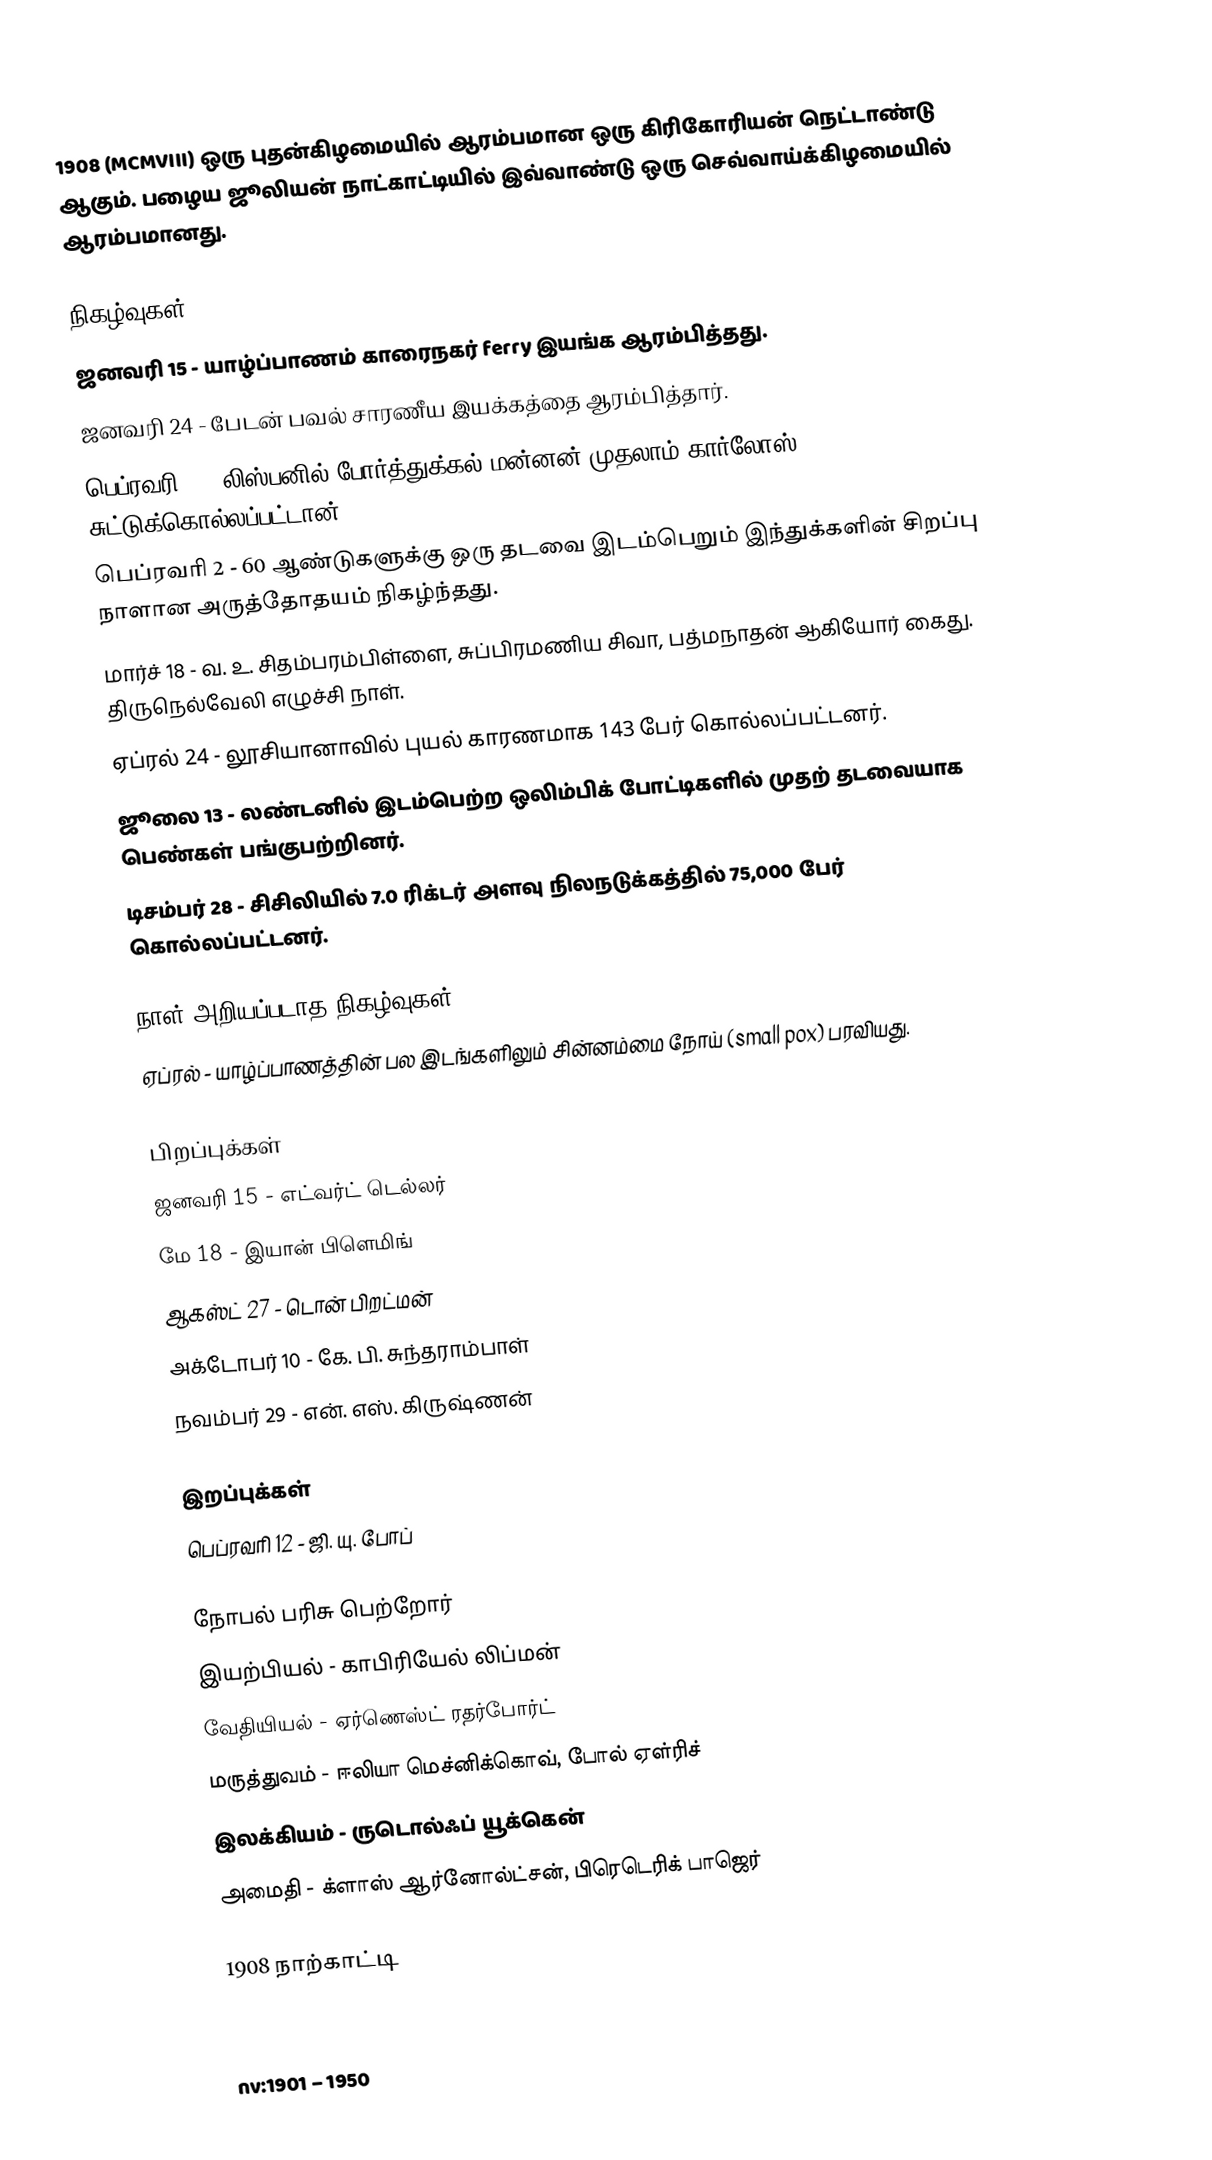
1908  (MCMVIII) ஒரு புதன்கிழமையில் ஆரம்பமான ஒரு கிரிகோரியன் நெட்டாண்டு ஆகும். பழைய ஜூலியன் நாட்காட்டியில் இவ்வாண்டு ஒரு செவ்வாய்க்கிழமையில் ஆரம்பமானது.

நிகழ்வுகள்
 ஜனவரி 15 - யாழ்ப்பாணம் காரைநகர் ferry இயங்க ஆரம்பித்தது.
 ஜனவரி 24 - பேடன் பவல் சாரணீய இயக்கத்தை ஆரம்பித்தார்.
 பெப்ரவரி 1 - லிஸ்பனில் போர்த்துக்கல் மன்னன் முதலாம் கார்லோஸ் சுட்டுக்கொல்லப்பட்டான்.
 பெப்ரவரி 2 - 60 ஆண்டுகளுக்கு ஒரு தடவை இடம்பெறும் இந்துக்களின் சிறப்பு நாளான அருத்தோதயம் நிகழ்ந்தது.
 மார்ச் 18 - வ. உ. சிதம்பரம்பிள்ளை, சுப்பிரமணிய சிவா, பத்மநாதன் ஆகியோர் கைது. திருநெல்வேலி எழுச்சி நாள்.
 ஏப்ரல் 24 - லூசியானாவில் புயல் காரணமாக 143 பேர் கொல்லப்பட்டனர்.
 ஜூலை 13 - லண்டனில் இடம்பெற்ற ஒலிம்பிக் போட்டிகளில் முதற் தடவையாக பெண்கள் பங்குபற்றினர்.
 டிசம்பர் 28 - சிசிலியில் 7.0 ரிக்டர் அளவு நிலநடுக்கத்தில் 75,000 பேர் கொல்லப்பட்டனர்.

நாள் அறியப்படாத நிகழ்வுகள்
 ஏப்ரல் - யாழ்ப்பாணத்தின் பல இடங்களிலும் சின்னம்மை நோய் (small pox) பரவியது.

பிறப்புக்கள்
 ஜனவரி 15 - எட்வர்ட் டெல்லர்
 மே 18 - இயான் பிளெமிங்
 ஆகஸ்ட் 27 - டொன் பிறட்மன்
 அக்டோபர் 10 - கே. பி. சுந்தராம்பாள்
 நவம்பர் 29 - என். எஸ். கிருஷ்ணன்

இறப்புக்கள்
 பெப்ரவரி 12 - ஜி. யு. போப்

நோபல் பரிசு பெற்றோர்
 இயற்பியல் - காபிரியேல் லிப்மன்
 வேதியியல் - ஏர்ணெஸ்ட் ரதர்போர்ட்
 மருத்துவம் - ஈலியா மெச்னிக்கொவ், போல் ஏள்ரிச்
 இலக்கியம் - ருடொல்ஃப் யூக்கென்
 அமைதி - க்ளாஸ் ஆர்னோல்ட்சன், பிரெடெரிக் பாஜெர்

1908 நாற்காட்டி

nv:1901 – 1950